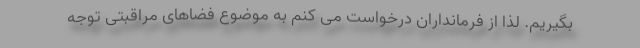
بگیریم. لذا از فرمانداران درخواست می کنم به موضوع فضاهای مراقبتی توجه